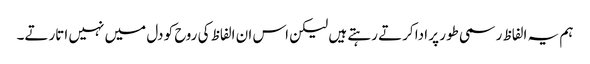
ہم یہ الفاظ رسمی طور پر ادا کرتے رہتے ہیں لیکن اس ان الفاظ کی روح کو دل میں نہیں اتارتے۔